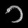
Digit: ၁